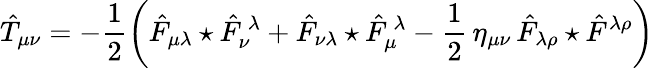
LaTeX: \hat{T}_{\mu\nu}=-\frac{1}{2}\left(\hat{F}_{\mu\lambda}\star\hat{F}_{\nu}^{\, \lambda}+\hat{F}_{\nu\lambda}\star\hat{F}_{\mu}^{\, \lambda}-\frac{1}{2}\, \eta_{\mu\nu}\, \hat{F}_{\lambda\rho}\star\hat{F}^{\lambda\rho}\right)